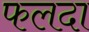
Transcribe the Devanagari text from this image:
फलदा